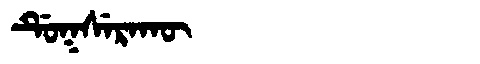
Manchu: ᡩᡠᡴᠰᡝᡵᠠᡴᡡ
Romanization: DUKSERAKŪ